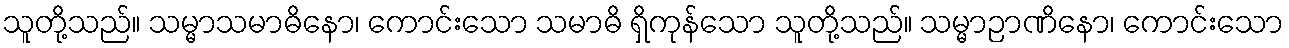
သူတို့သည်။ သမ္မာသမာဓိနော၊ ကောင်းသော သမာဓိ ရှိကုန်သော သူတို့သည်။ သမ္မာဉာဏိနော၊ ကောင်းသော